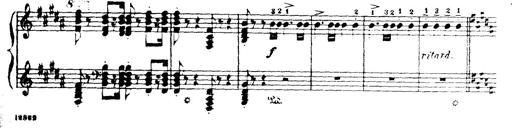
Title: Wagner-Liszt Album
Composer: Franz Liszt